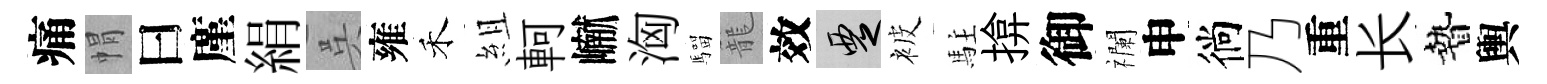
痛㡌曰廑絹呉雍禾組軻𪩘洶騮籠效覂被駐揜御襴申徜乃重长贄輿